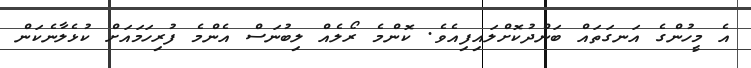
އެ މީހުންގެ އަނގަތައް ބަންދުކޮށްލައިފިއެވެ. ކޮންމެ ރޯލެއް ލިބުނަސް އެންމެ ފުރިހަމައަށް ކުޅެލާނެކަން